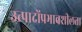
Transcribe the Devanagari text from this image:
उत्पादोंप्रभावशीलता